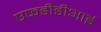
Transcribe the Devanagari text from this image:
एफडीडीआई